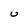
Character: U